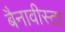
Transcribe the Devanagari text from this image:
बैनावीस्टा